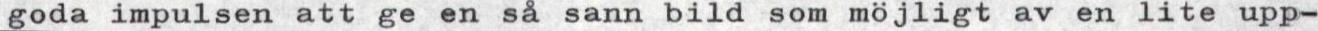
goda impulsen att ge en så sann bild som möjligt av en lite upp-